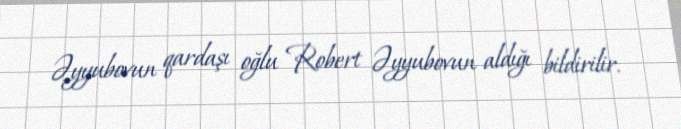
Əyyubovun qardaşı oğlu Robert Əyyubovun aldığı bildirilir.